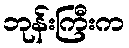
ဘုန်းကြီးက